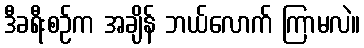
ဒီခရီးစဉ်က အချိန် ဘယ်လောက် ကြာမလဲ။